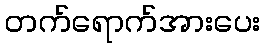
တက်ရောက်အားပေး